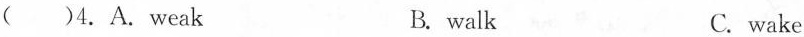
( )4.A. weak B. walk C. wake